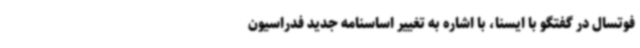
فوتسال در گفتگو با ایسنا، با اشاره به تغییر اساسنامه جدید فدراسیون